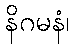
နိဂမနံ၊